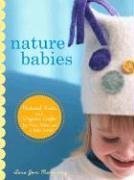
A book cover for Nature Babies: Natural Knits and Organic Crafts for Moms, Babies, and a Better World; Tara Jon Manning; Crafts, Hobbies & Home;